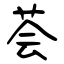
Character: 荟